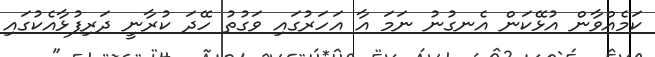
ކަމެއްވާން އުޅޭކަން އެނގުނު ނަމަ އާ އަހަރުގައި ވަގުތު ހޭދަ ކުރާނީ ދަރިފުޅާއެކުގައި